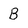
Character: B